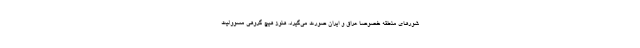
شورهای منطقه خصوصا عراق و ایران صورت می‌گیرد. هنوز هیچ گروهی مسوولیت